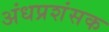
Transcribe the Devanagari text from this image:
अंधप्रशंसक